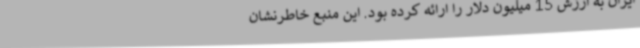
ایران به ارزش 15 میلیون دلار را ارائه کرده بود. این منبع خاطرنشان